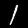
Label: 1